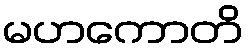
မဟကောတိ